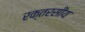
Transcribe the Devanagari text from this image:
रक्तरसीय